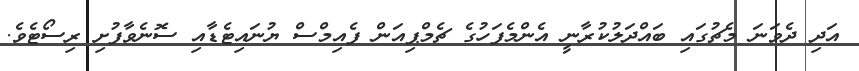
އަދި ދެވަނަ މެޗުގައި ބައްދަލުކުރާނީ އެންމެފަހުގެ ޗެމްޕިއަން ފެއިމްސް ޔުނައިޓެޑާއި ސޮނެވާފުށި ރިސޯޓެވެ.